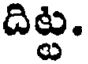
దిట్ట.